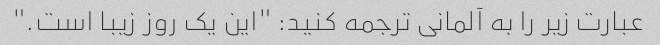
عبارت زیر را به آلمانی ترجمه کنید: "این یک روز زیبا است."